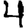
Digit: 4